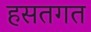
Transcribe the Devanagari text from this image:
हसतगत